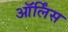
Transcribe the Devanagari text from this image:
ऑर्लिंस